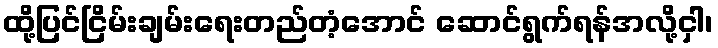
ထို့ပြင်ငြိမ်းချမ်းရေးတည်တံ့အောင် ဆောင်ရွက်ရန်အလို့ငှါ၊